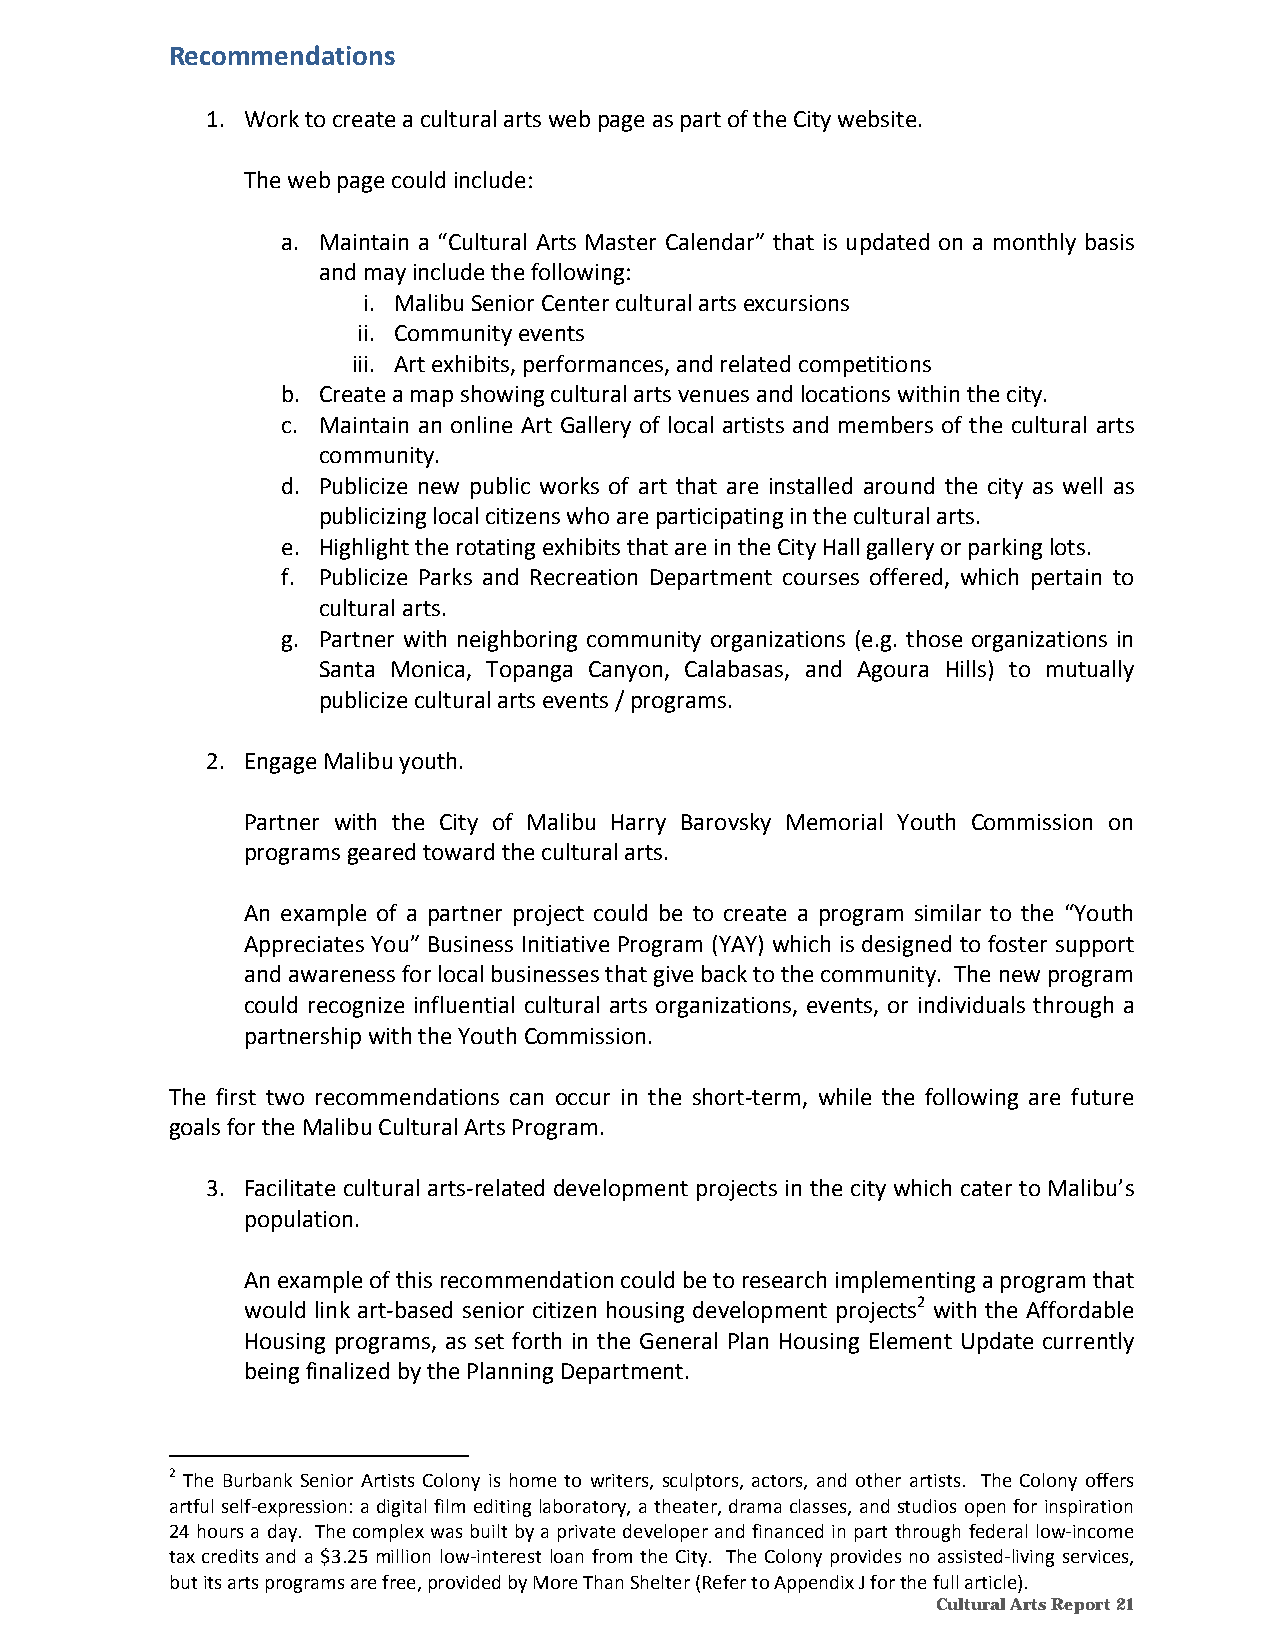
Recommendations
 1. Work to create a cultural arts web page as part of the City website.
 The web page could include:
 a. Maintain a “Cultural Arts Master Calendar” that is updated on a monthly basis
 and may include the following:
 i. Malibu Senior Center cultural arts excursions
 ii. Community events
 iii. Art exhibits, performances, and related competitions
 b. Create a map showing cultural arts venues and locations within the city.
 c. Maintain an online Art Gallery of local artists and members of the cultural arts
 community.
 d. Publicize new public works of art that are installed around the city as well as
 publicizing local citizens who are participating in the cultural arts.
 e. Highlight the rotating exhibits that are in the City Hall gallery or parking lots.
 f. Publicize Parks and Recreation Department courses offered, which pertain to
 cultural arts.
 g. Partner with neighboring community organizations (e.g. those organizations in
 Santa Monica, Topanga Canyon, Calabasas, and Agoura Hills) to mutually
 publicize cultural arts events / programs.
 2. Engage Malibu youth.
 Partner with the City of Malibu Harry Barovsky Memorial Youth Commission on
 programs geared toward the cultural arts.
 An example of a partner project could be to create a program similar to the “Youth
 Appreciates You” Business Initiative Program (YAY) which is designed to foster support
 and awareness for local businesses that give back to the community. The new program
 could recognize influential cultural arts organizations, events, or individuals through a
 partnership with the Youth Commission.
 The first two recommendations can occur in the short‐term, while the following are future
 goals for the Malibu Cultural Arts Program.
 3. Facilitate cultural arts‐related development projects in the city which cater to Malibu’s
 population.
 An example of this recommendation could be to research implementing a program that
 would link art‐based senior citizen housing development projects2 with the Affordable
 Housing programs, as set forth in the General Plan Housing Element Update currently
 being finalized by the Planning Department.
 2 The Burbank Senior Artists Colony is home to writers, sculptors, actors, and other artists. The Colony offers
 artful self‐expression: a digital film editing laboratory, a theater, drama classes, and studios open for inspiration
 24 hours a day. The complex was built by a private developer and financed in part through federal low‐income
 tax credits and a $3.25 million low‐interest loan from the City. The Colony provides no assisted‐living services,
 but its arts programs are free, provided by More Than Shelter (Refer to Appendix J for the full article).
 Cultural Arts Report 21